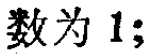
数为 1;